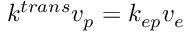
k ^ { t r a n s } v _ { p } = k _ { e p } v _ { e }